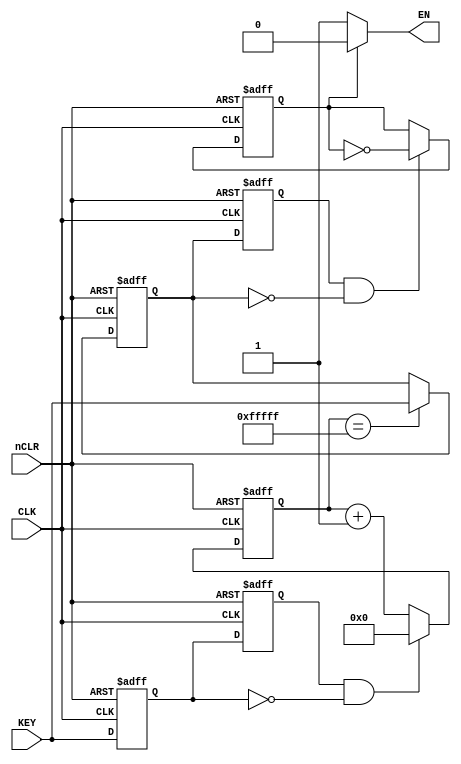
module KEY (CLK, nCLR, KEY, EN);

	input CLK, KEY, nCLR;
	output EN;
	wire EN;
	reg key_rst;
 
	always @(posedge CLK or negedge nCLR)
	begin
		if(nCLR == 0)
			key_rst <= 0;
		else
			key_rst <= KEY; 							//读取当前时刻的按键值
	end
 
	reg key_rst_r;
 
	always @(posedge CLK or negedge nCLR)
	begin
		if(nCLR == 0)
			key_rst_r <= 0;
	else
			key_rst_r <= key_rst;  					//将上一时刻的按键值进行存储
	end
 
	wire key_an = key_rst_r & (~key_rst); 		//当键值从0到1时key_an改变
 
	reg [19:0] cnt; 									//延时用计数器
 
	always @(posedge CLK or negedge nCLR)
	begin
		if(nCLR == 0)
			cnt <= 0;
		else if(key_an)
			cnt <= 0;
		else
			cnt <= cnt + 1;
	end
 
	reg key_value;
 
	always @(posedge CLK or negedge nCLR)
	begin
		if(nCLR == 0)
			key_value <= 0;
		else if(cnt == 20'hfffff) 					//2^20*1/(50MHZ)=20ms
			key_value <= KEY; 						//去抖20ms后读取当前时刻的按键值
	end
 
	reg key_value_r;
 
	always @(posedge CLK or negedge nCLR)
	begin
		if(nCLR == 0)
			key_value_r <= 0;
		else
			key_value_r <= key_value; 				//将去抖前一时刻的按键值进行存储
	end
 
	wire key_ctrl = key_value_r &(~key_value);//当键值从0到1时key_ctrl改变
 
	reg d1;

	always @(posedge  CLK or negedge nCLR)
	begin
		if(nCLR == 0)
		begin 
			d1 <= 1; 
		end
	else
		begin
			if(key_ctrl) d1 <= ~d1;
		end
	end
 
	assign EN = d1? 0:1; 							//此处只是为了将LED输出进行翻转
															//RTL级与下面注释代码无差别
endmodule